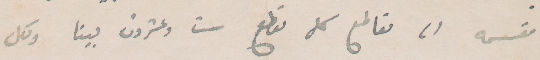
مقسمة الى مقاطع كل مقطع ست وعشرون بيتا ولكل